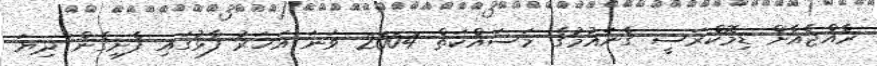
ރާއްޖެއާށް ޑިމޮކްރަސީ ގެނައުމުގެ މަސައްކަތް 2004 ވަނަ އަހަރު ފާޅުގައި ފެށިގެން ދިޔަ